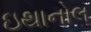
ઇથાનોલ